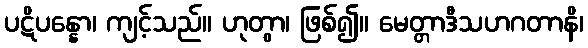
ပဋိပန္နော၊ ကျင့်သည်။ ဟုတွာ၊ ဖြစ်၍။ မေတ္တာဒီသဟဂတာနိ၊